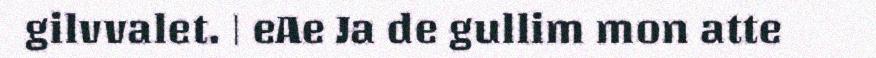
gilvvalet. | eAe Ja de gullim mon atte